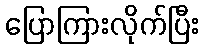
ပြောကြားလိုက်ပြီး